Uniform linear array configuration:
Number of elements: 4
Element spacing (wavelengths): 0.25
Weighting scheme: binomial
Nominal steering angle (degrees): -15
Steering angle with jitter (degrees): -13.234
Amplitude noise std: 0.05
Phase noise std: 0.05

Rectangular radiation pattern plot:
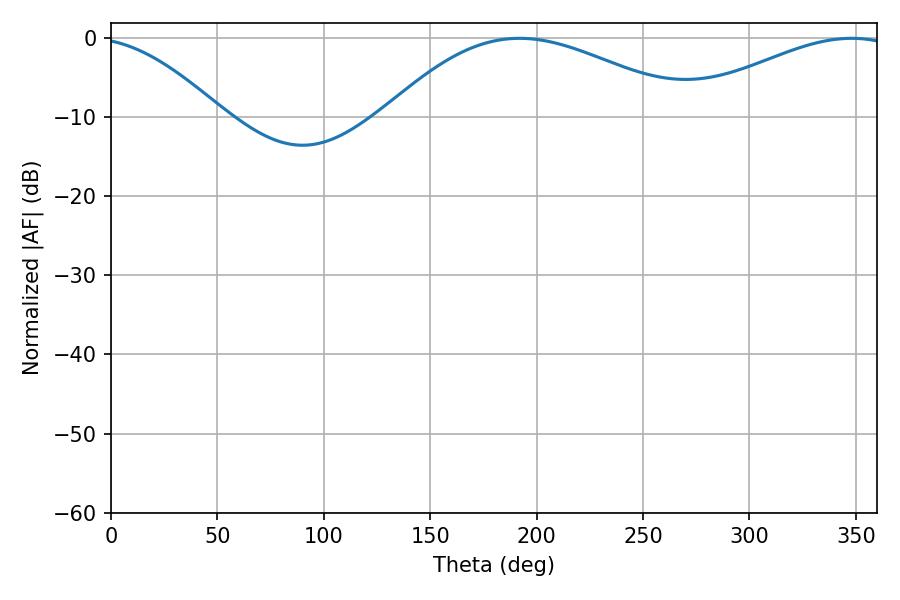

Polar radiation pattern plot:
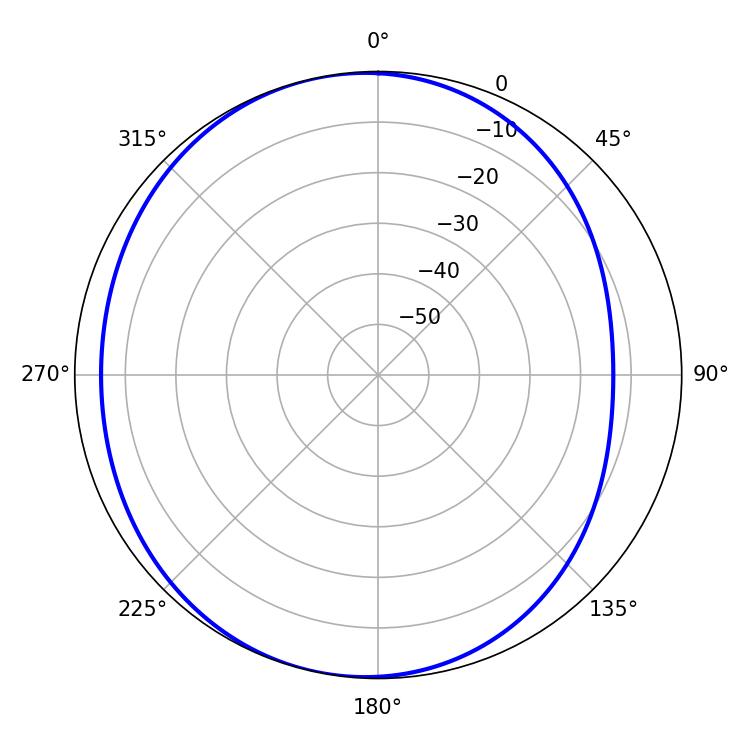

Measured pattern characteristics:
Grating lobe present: FALSE
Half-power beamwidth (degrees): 78.3
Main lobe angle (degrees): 191.88